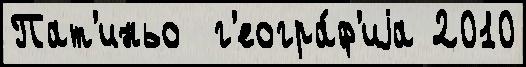
Пат'иньо  г'еогра́ф'иjа 2010